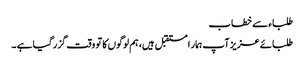
طلباء سے خطاب
طلبائے عزیز آپ ہمار ا مستقبل ہیں، ہم لوگوں کا تو وقت گزر گیا ہے ۔